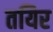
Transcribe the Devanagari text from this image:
तयिर